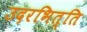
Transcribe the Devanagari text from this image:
उदरभित्ति